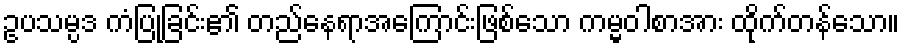
ဥပသမ္ပဒ ကံပြုခြင်း၏ တည်နေရာအကြောင်းဖြစ်သော ကမ္မဝါစာအား ထိုက်တန်သော။